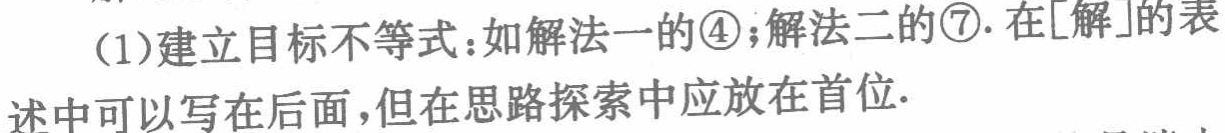
(1)建立目标不等式：如解法一的\textcircled{4}；解法二的\textcircled{7}. 在[解]的表述中可以写在后面,但在思路探索中应放在首位.